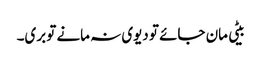
بیٹی مان جائے تو دیوی نہ مانے تو بری۔